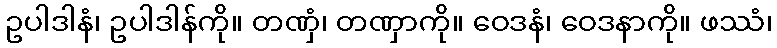
ဥပါဒါနံ၊ ဥပါဒါန်ကို။ တဏှံ၊ တဏှာကို။ ဝေဒနံ၊ ဝေဒနာကို။ ဖဿံ၊